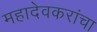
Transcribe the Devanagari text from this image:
महादेवकरांचा